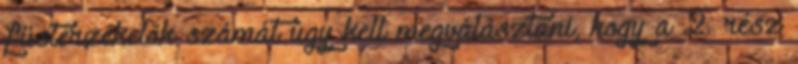
füstérzékelõk számát úgy kell megválasztani, hogy a 2. rész